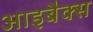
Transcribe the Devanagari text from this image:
आइबैक्स